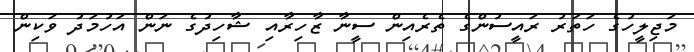
މަޖިލީހުގެ ހަތަރު ރައީސުންގެ ތެރެއިން ސީނާ ޒާހިރާއި ޝާހިދުގެ ނަން އަހުމަދު ވަކިން